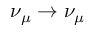
\nu _ { \mu } \to \nu _ { \mu }